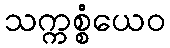
သက္ကစ္စံယေဝ